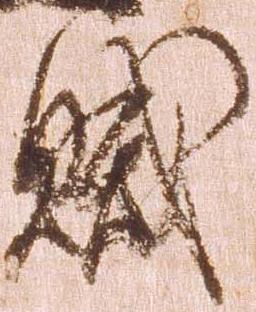
賊